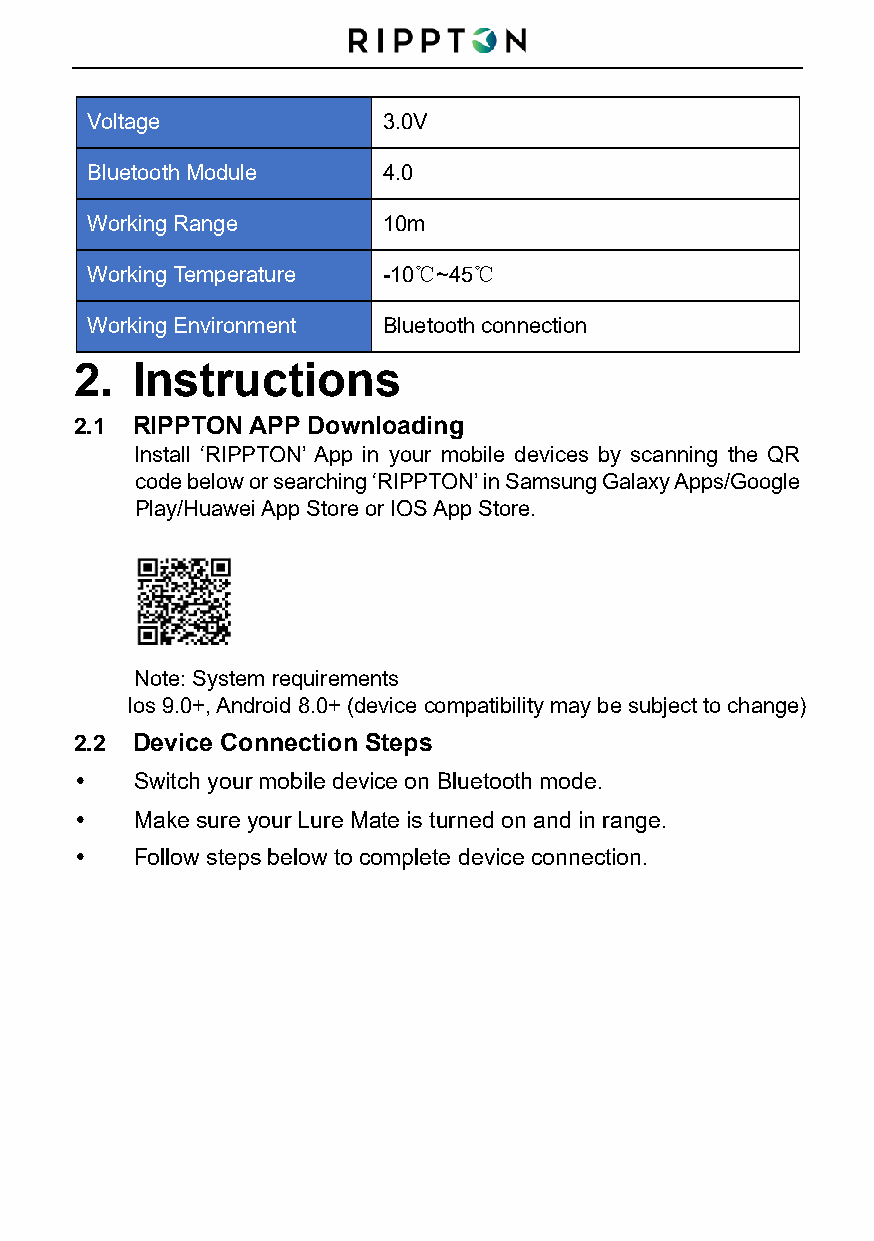
Voltage            3.0V
 Bluetooth Module   4.0
 Working Range      10m
 Working Temperature -10℃~45℃
 Working Environment Bluetooth connection
 2.  Instructions
 2.1 RIPPTON APP Downloading
 Install ‘RIPPTON’ App in your mobile devices by scanning the QR
 code below or searching ‘RIPPTON’ in Samsung Galaxy Apps/Google
 Play/Huawei App Store or IOS App Store.
 Note: System requirements
 Ios 9.0+, Android 8.0+ (device compatibility may be subject to change)
 2.2 Device Connection Steps
    Switch your mobile device on Bluetooth mode.
    Make sure your Lure Mate is turned on and in range.
    Follow steps below to complete device connection.